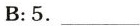
B:5.___